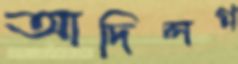
আদিলগ্ন